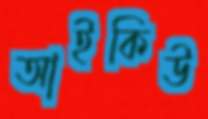
আইকিউ